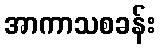
အာကာသစခန်း